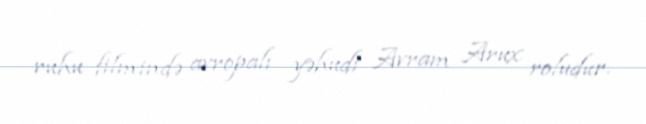
ruhu filmində avropalı yəhudi Avram Arux roludur.